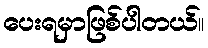
ပေးရမှာဖြစ်ပါတယ်။